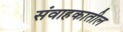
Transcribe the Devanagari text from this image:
संवाहकातील